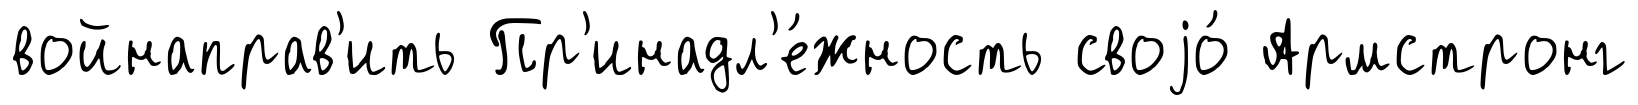
войнаправ'ить Пр'инадл'е́жность своjо́ Армстронг